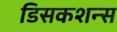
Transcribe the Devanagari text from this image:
डिसकशन्स